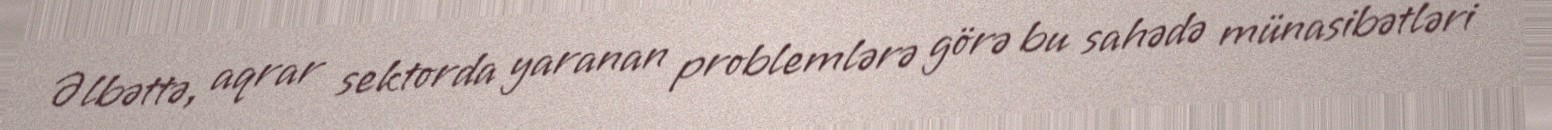
Əlbəttə, aqrar sektorda yaranan problemlərə görə bu sahədə münasibətləri